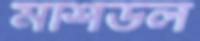
মশিউল